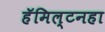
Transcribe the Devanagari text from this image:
हॅमिल्टनहा